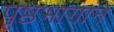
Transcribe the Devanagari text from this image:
पृष्ठभागाने